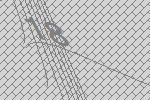
18